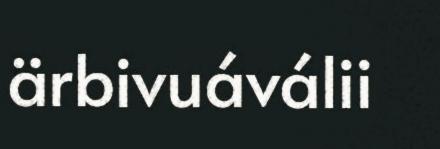
ärbivuáválii